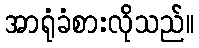
အာရုံခံစားလိုသည်။